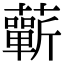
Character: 蘄